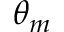
\theta _ { m }